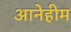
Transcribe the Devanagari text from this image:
आनेहीम